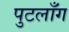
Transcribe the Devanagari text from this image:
पुटलाँग